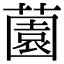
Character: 薗